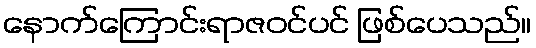
နောက်ကြောင်းရာဇဝင်ပင် ဖြစ်ပေသည်။